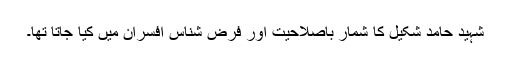
شہید حامد شکیل کا شمار باصلاحیت اور فرض شناس افسران میں کیا جاتا تھا۔